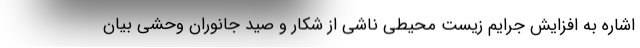
اشاره به افزایش جرایم زیست محیطی ناشی از شکار و صید جانوران وحشی بیان